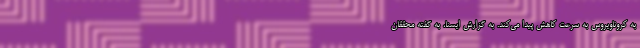
به کروناویروس به سرعت کاهش پیدا می‌کند. به گزارش ایسنا، به گفته محققان